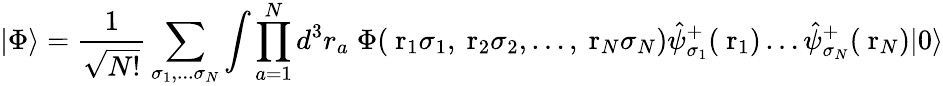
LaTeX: |\Phi\rangle=\frac{1}{\sqrt{N!}}\sum_{\sigma_{1},...\sigma_{N}}\int\prod_{a=1}^{N}d^{3}r_{a}\; \Phi(\mathrm{\mathbf~r}_{1}\sigma_{1},\mathrm{\mathbf~r}_{2}\sigma_{2},\dots,\mathrm{\mathbf~r}_{N}\sigma_{N})\hat{\psi}_{\sigma_{1}}^{+}(\mathrm{\mathbf~r}_{1})\dots\hat{\psi}_{\sigma_{N}}^{+}(\mathrm{\mathbf~r}_{N})|0\rangle